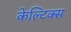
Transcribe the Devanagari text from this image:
केल्टिक्स